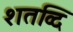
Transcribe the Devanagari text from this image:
शतव्दि